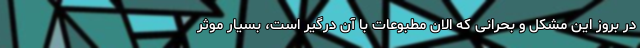
در بروز این مشکل و بحرانی که الان مطبوعات با آن درگیر است، بسیار موثر